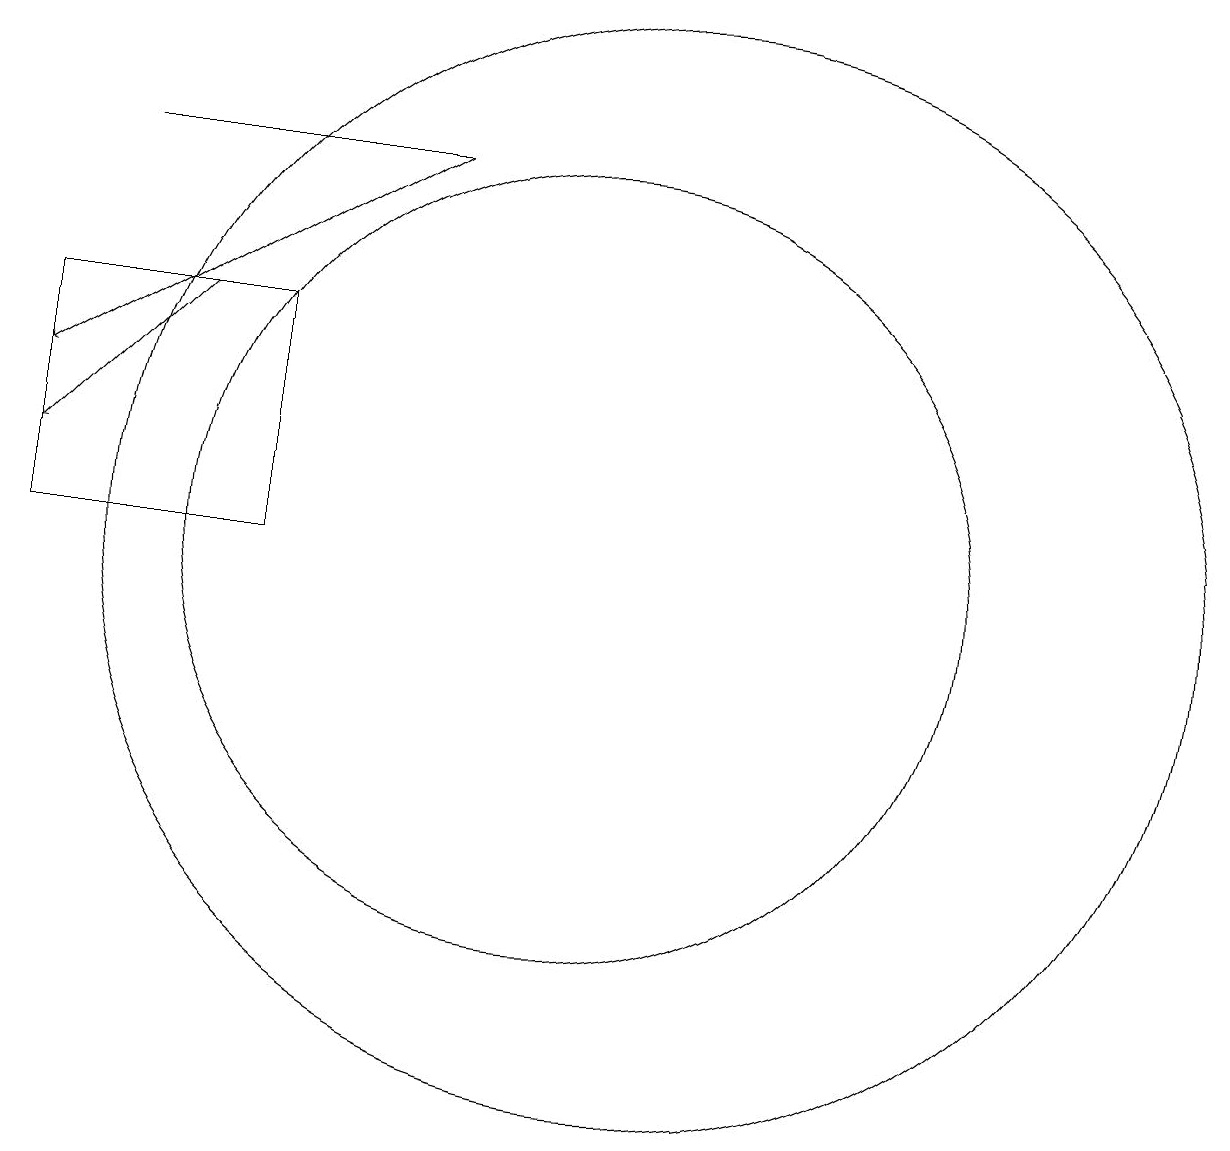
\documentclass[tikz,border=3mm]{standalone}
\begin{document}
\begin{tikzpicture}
\draw (6,14) rectangle (3,11);
\draw[->] (5,14) -- (3,12);
\draw[->] (8,16) -- (3,13);
\draw (11,11) circle (7);
\draw (4,16) rectangle (8,16);
\draw (10,11) circle (5);
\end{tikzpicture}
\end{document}